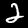
Digit: 2